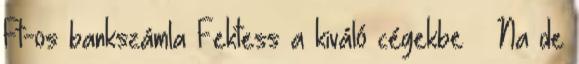
Ft-os bankszámla Fektess a kiváló cégekbe – Na de